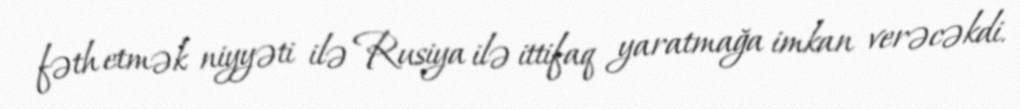
fəth etmək niyyəti ilə Rusiya ilə ittifaq yaratmağa imkan verəcəkdi.